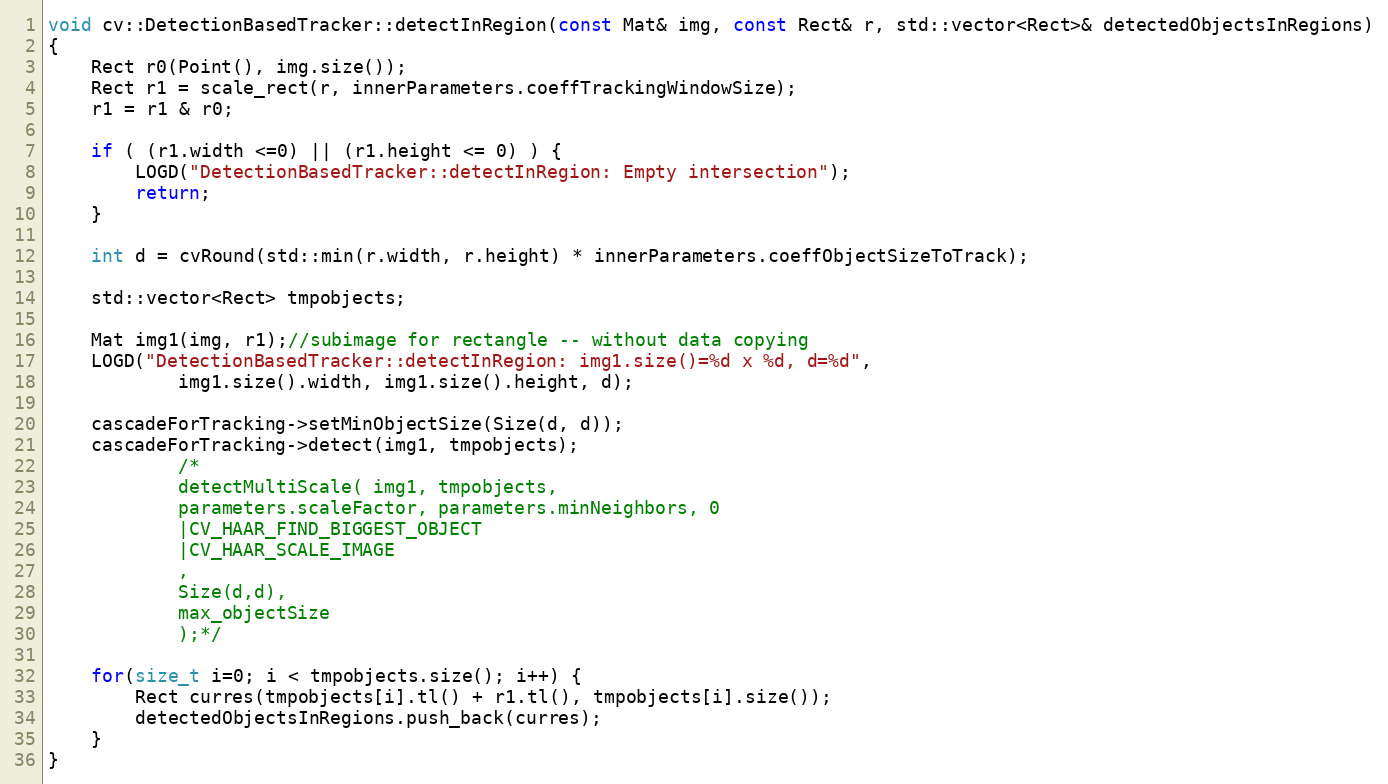
Language: C++
void cv::DetectionBasedTracker::detectInRegion(const Mat& img, const Rect& r, std::vector<Rect>& detectedObjectsInRegions)
{
    Rect r0(Point(), img.size());
    Rect r1 = scale_rect(r, innerParameters.coeffTrackingWindowSize);
    r1 = r1 & r0;

    if ( (r1.width <=0) || (r1.height <= 0) ) {
        LOGD("DetectionBasedTracker::detectInRegion: Empty intersection");
        return;
    }

    int d = cvRound(std::min(r.width, r.height) * innerParameters.coeffObjectSizeToTrack);

    std::vector<Rect> tmpobjects;

    Mat img1(img, r1);//subimage for rectangle -- without data copying
    LOGD("DetectionBasedTracker::detectInRegion: img1.size()=%d x %d, d=%d",
            img1.size().width, img1.size().height, d);

    cascadeForTracking->setMinObjectSize(Size(d, d));
    cascadeForTracking->detect(img1, tmpobjects);
            /*
            detectMultiScale( img1, tmpobjects,
            parameters.scaleFactor, parameters.minNeighbors, 0
            |CV_HAAR_FIND_BIGGEST_OBJECT
            |CV_HAAR_SCALE_IMAGE
            ,
            Size(d,d),
            max_objectSize
            );*/

    for(size_t i=0; i < tmpobjects.size(); i++) {
        Rect curres(tmpobjects[i].tl() + r1.tl(), tmpobjects[i].size());
        detectedObjectsInRegions.push_back(curres);
    }
}